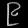
Digit: ၉